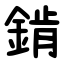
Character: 錹